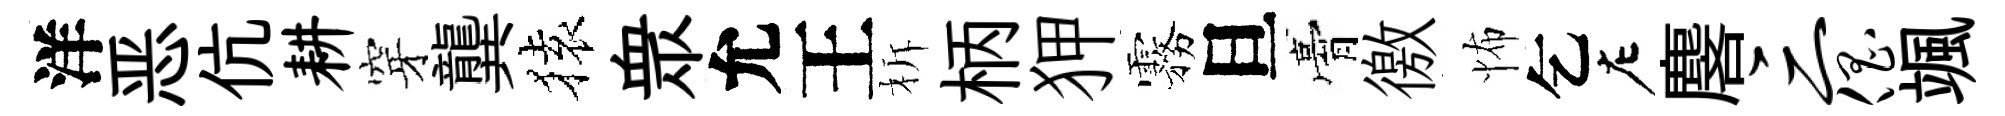
洋恶伉耕穿龔𫞤衆允王柝柄狎霧旦膏徼怖乞左麐三倡颯